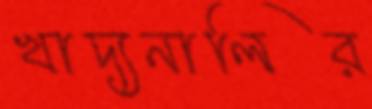
খাদ্যনালির